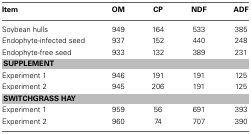
<table><thead><tr><td><b>Item</b></td><td><b>OM</b></td><td><b>CP</b></td><td><b>NDF</b></td><td><b>ADF</b></td></tr></thead><tbody><tr><td>Soybean hulls</td><td>949</td><td>164</td><td>533</td><td>385</td></tr><tr><td>Endophyte-infected seed</td><td>937</td><td>152</td><td>440</td><td>248</td></tr><tr><td>Endophyte-free seed</td><td>933</td><td>132</td><td>389</td><td>231</td></tr><tr><td colspan="5"><b>SUPPLEMENT</b></td></tr><tr><td>Experiment 1</td><td>946</td><td>191</td><td>191</td><td>125</td></tr><tr><td>Experiment 2</td><td>945</td><td>206</td><td>191</td><td>125</td></tr><tr><td colspan="5"><b>SWITCHGRASS HAY</b></td></tr><tr><td>Experiment 1</td><td>959</td><td>56</td><td>691</td><td>393</td></tr><tr><td>Experiment 2</td><td>960</td><td>74</td><td>707</td><td>390</td></tr></tbody></table>